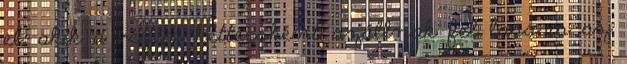
el, akik a végén kettecsként szállnak fel lassan az